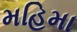
મહિમા